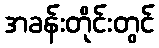
အခန်းတိုင်းတွင်